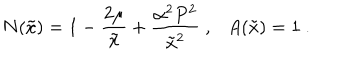
N ( \tilde { x } ) = 1 - \frac { 2 \mu } { \tilde { x } } + \frac { \alpha ^ { 2 } P ^ { 2 } } { \tilde { x } ^ { 2 } } \ , \ \ \ A ( \tilde { x } ) = 1 \ .